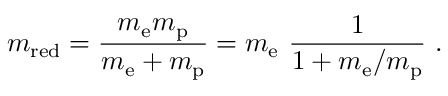
m _ { \mathrm { r e d } } = { \frac { m _ { \mathrm { e } } m _ { \mathrm { p } } } { m _ { \mathrm { e } } + m _ { \mathrm { p } } } } = m _ { \mathrm { e } } ~ { \frac { 1 } { 1 + m _ { \mathrm { e } } / m _ { \mathrm { p } } } } ~ .